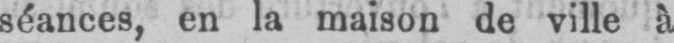
séances, en la maison de ville à